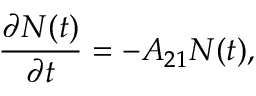
{ \frac { \partial N ( t ) } { \partial t } } = - A _ { 2 1 } N ( t ) ,